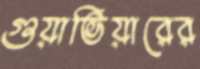
গুয়াভিয়ারের